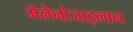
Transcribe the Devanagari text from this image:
मेलैनोजाइलान